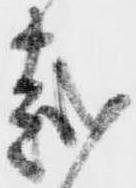
越